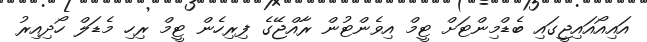
އައިއޯއައިޖީގައި ބެޑްމިންޓަށް ޓީމް އިވެންޓުން ރާއްޖޭގެ ފިރިހެން ޓީމް ރިހި މެޑަލް ހޯދިއިރު